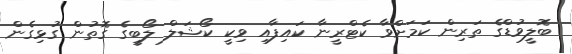
ބޮލީވުޑްގެ ތަރިން ކަމަށްވާ ކެޓްރީނާ ކައިފާއި ވިކީ ކޯޝަލް ލޯބީގެ ގޮތުން ގުޅިގެން